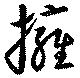
擁